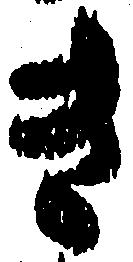
き